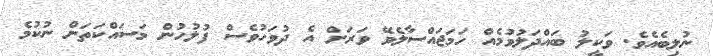
ނުލިބެއެވެ. ވަކީލު ބައްދަލުވުމެއް ހަމަޖައްސާލެވޭ ވަރަށް އެ ދުވަހުވެސް ފުލުހުން މަސައްކަތަށް ނުކުމެ